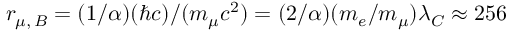
r _ { \mu , \, B } = ( 1 / \alpha ) ( \hbar c ) / ( m _ { \mu } c ^ { 2 } ) = ( 2 / \alpha ) ( m _ { e } / m _ { \mu } ) \lambda _ { C } \approx 2 5 6